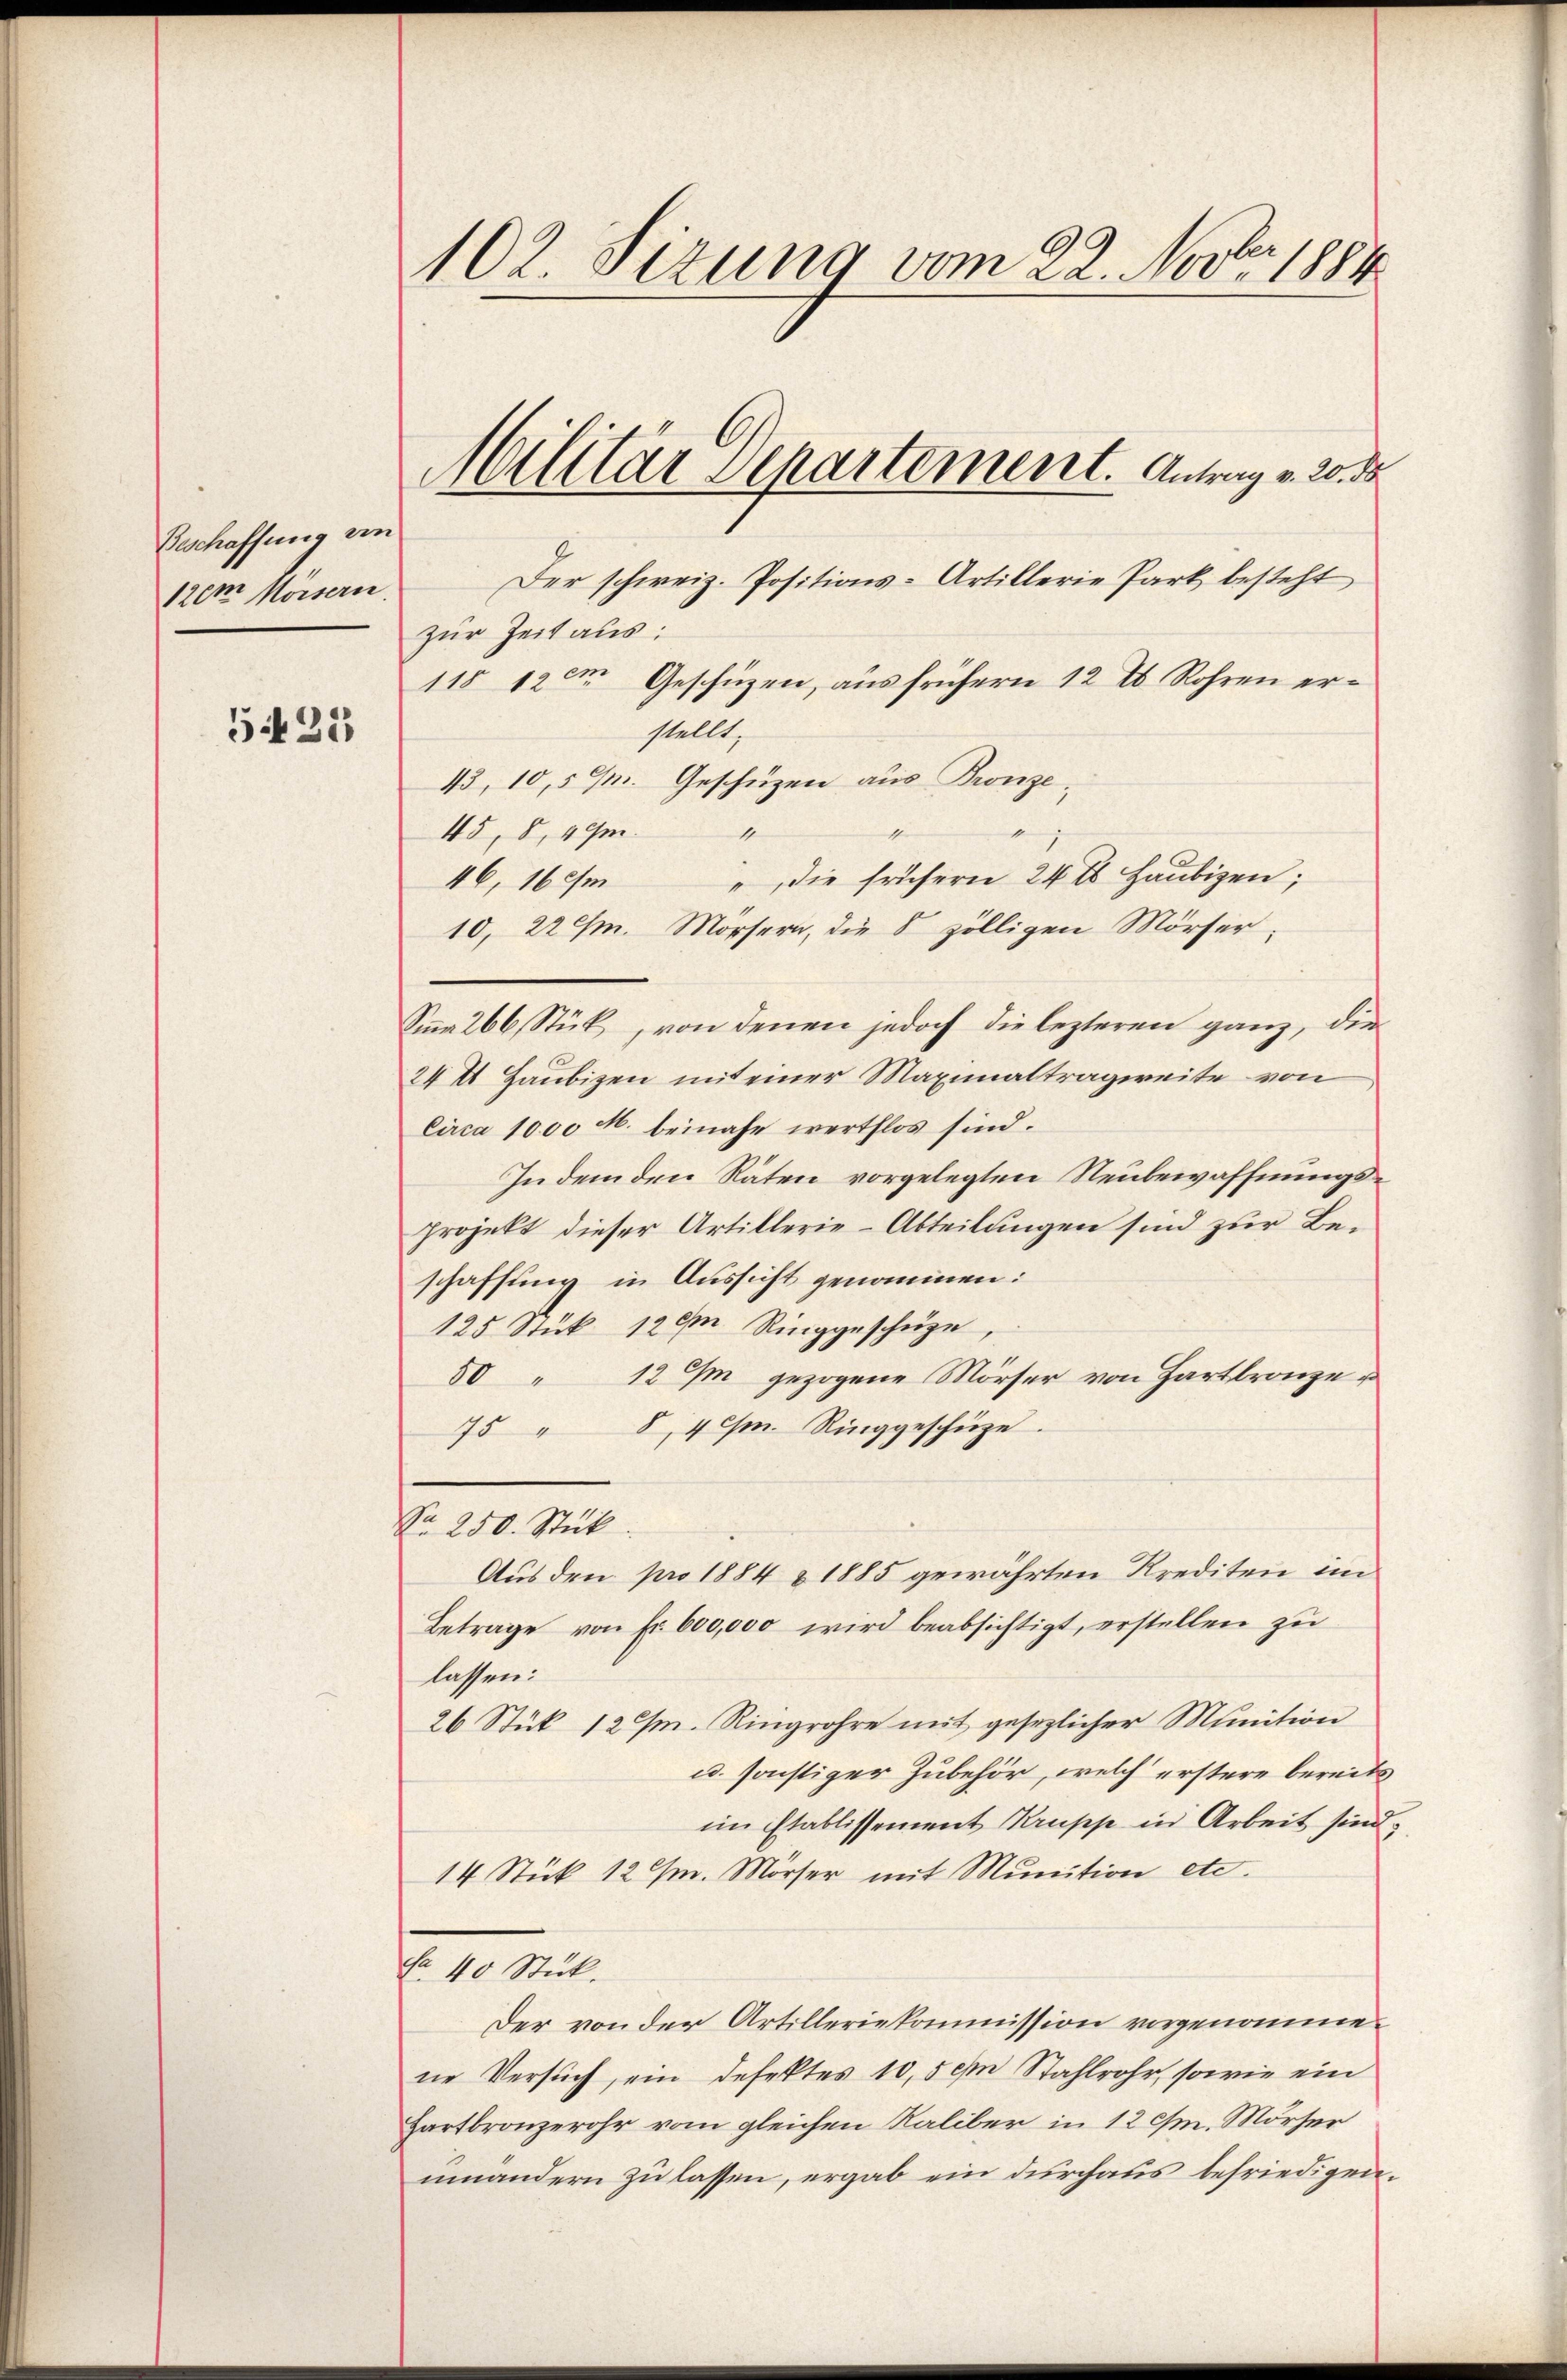
Beschaffung von
120m Hörsern.

5421

102. Sizung vom 22. Nov. 1884.

Der schweiz. Positions-Artillerie Park besteht
zur Zeit aus:
118 12m Geschüzen, aus frühern 12 t Rohren erstellt.
43, 10,5 Gm. Geschüzen aus Pronze¬
1
45, 8, 49/m
7
" die frühern 24 t Haubigen;
46, 16 im
10, 22 cm. Mörsern, die 8 zölligen Mörser;
Sina 266 Stück, von denen jedoch die lezteren ganz, die
24 t Haubizen mit einer Maximaltragweite von
Circa 1000 M. beinahe werthlos sind.
Indem den Räten vorgelegten Neubewaffnungsprojekt dieser Artillerie-Abteilungen sind zur Beschaffung in Aussicht genommen:
125 Stük 120m Ringgeschüze
50 " 12 Im gezogene Mörser von Hartlronzer
75 " 8, 4 /m Ringgeschütze.
Nr. 250. Stück.
Aus den pro 1884 & 1885 gewährten Krediten im
Betrage von Fr. 600,000 wird beabsichtigt, erstellen zu
lassen:
26 Stük 12 J. Ringrohre mit gesezlicher Munition
u. sonstiger Zubehör, welch erstere bereits
im Etablissement Krupp in Arbeit sind,
14 Stük 12 sm. Mörser mit Munition etc.
Fr. 40 Stück.
Der von der Artilleriekommission vorgenommene Versuch, ein defektes 10,5 cm Stahlrohr, sowie ein
Hartbronzerohr vom gleichen Kaliber in 12 cm. Mörser
uinandern zu lassen, ergab ein durchaus befriedigen¬

Militär Departement. Antrag v. 20. de